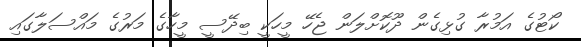
ކޯޓުގެ އަމުރާ ގުޅިގެން ދޫކޮށްލަން ޖެހޭ މީހަކީ ބިދޭސީ މީހާގެ މަރުގެ މައްސަލާގައި